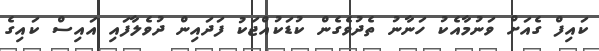
ކައިފް ގެއަށް ވަނުމާއެކު ހަނާނު ތެދުވެގެން ކުޑަކުއްޖަކު ފަދައިން ދުވެލާފައި އައިސް ކައިގެ